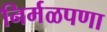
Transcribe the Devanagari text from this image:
निर्मळपणा